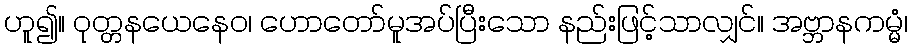
ဟူ၍။ ဝုတ္တနယေနေဝ၊ ဟောတော်မူအပ်ပြီးသော နည်းဖြင့်သာလျှင်။ အဗ္ဘာနကမ္မံ၊